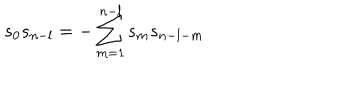
s _ { 0 } s _ { n - l } = - \sum _ { m = 1 } ^ { n - l } s _ { m } s _ { n - l - m }